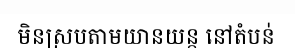
មិនស្របតាមយានយន្ត នៅតំបន់